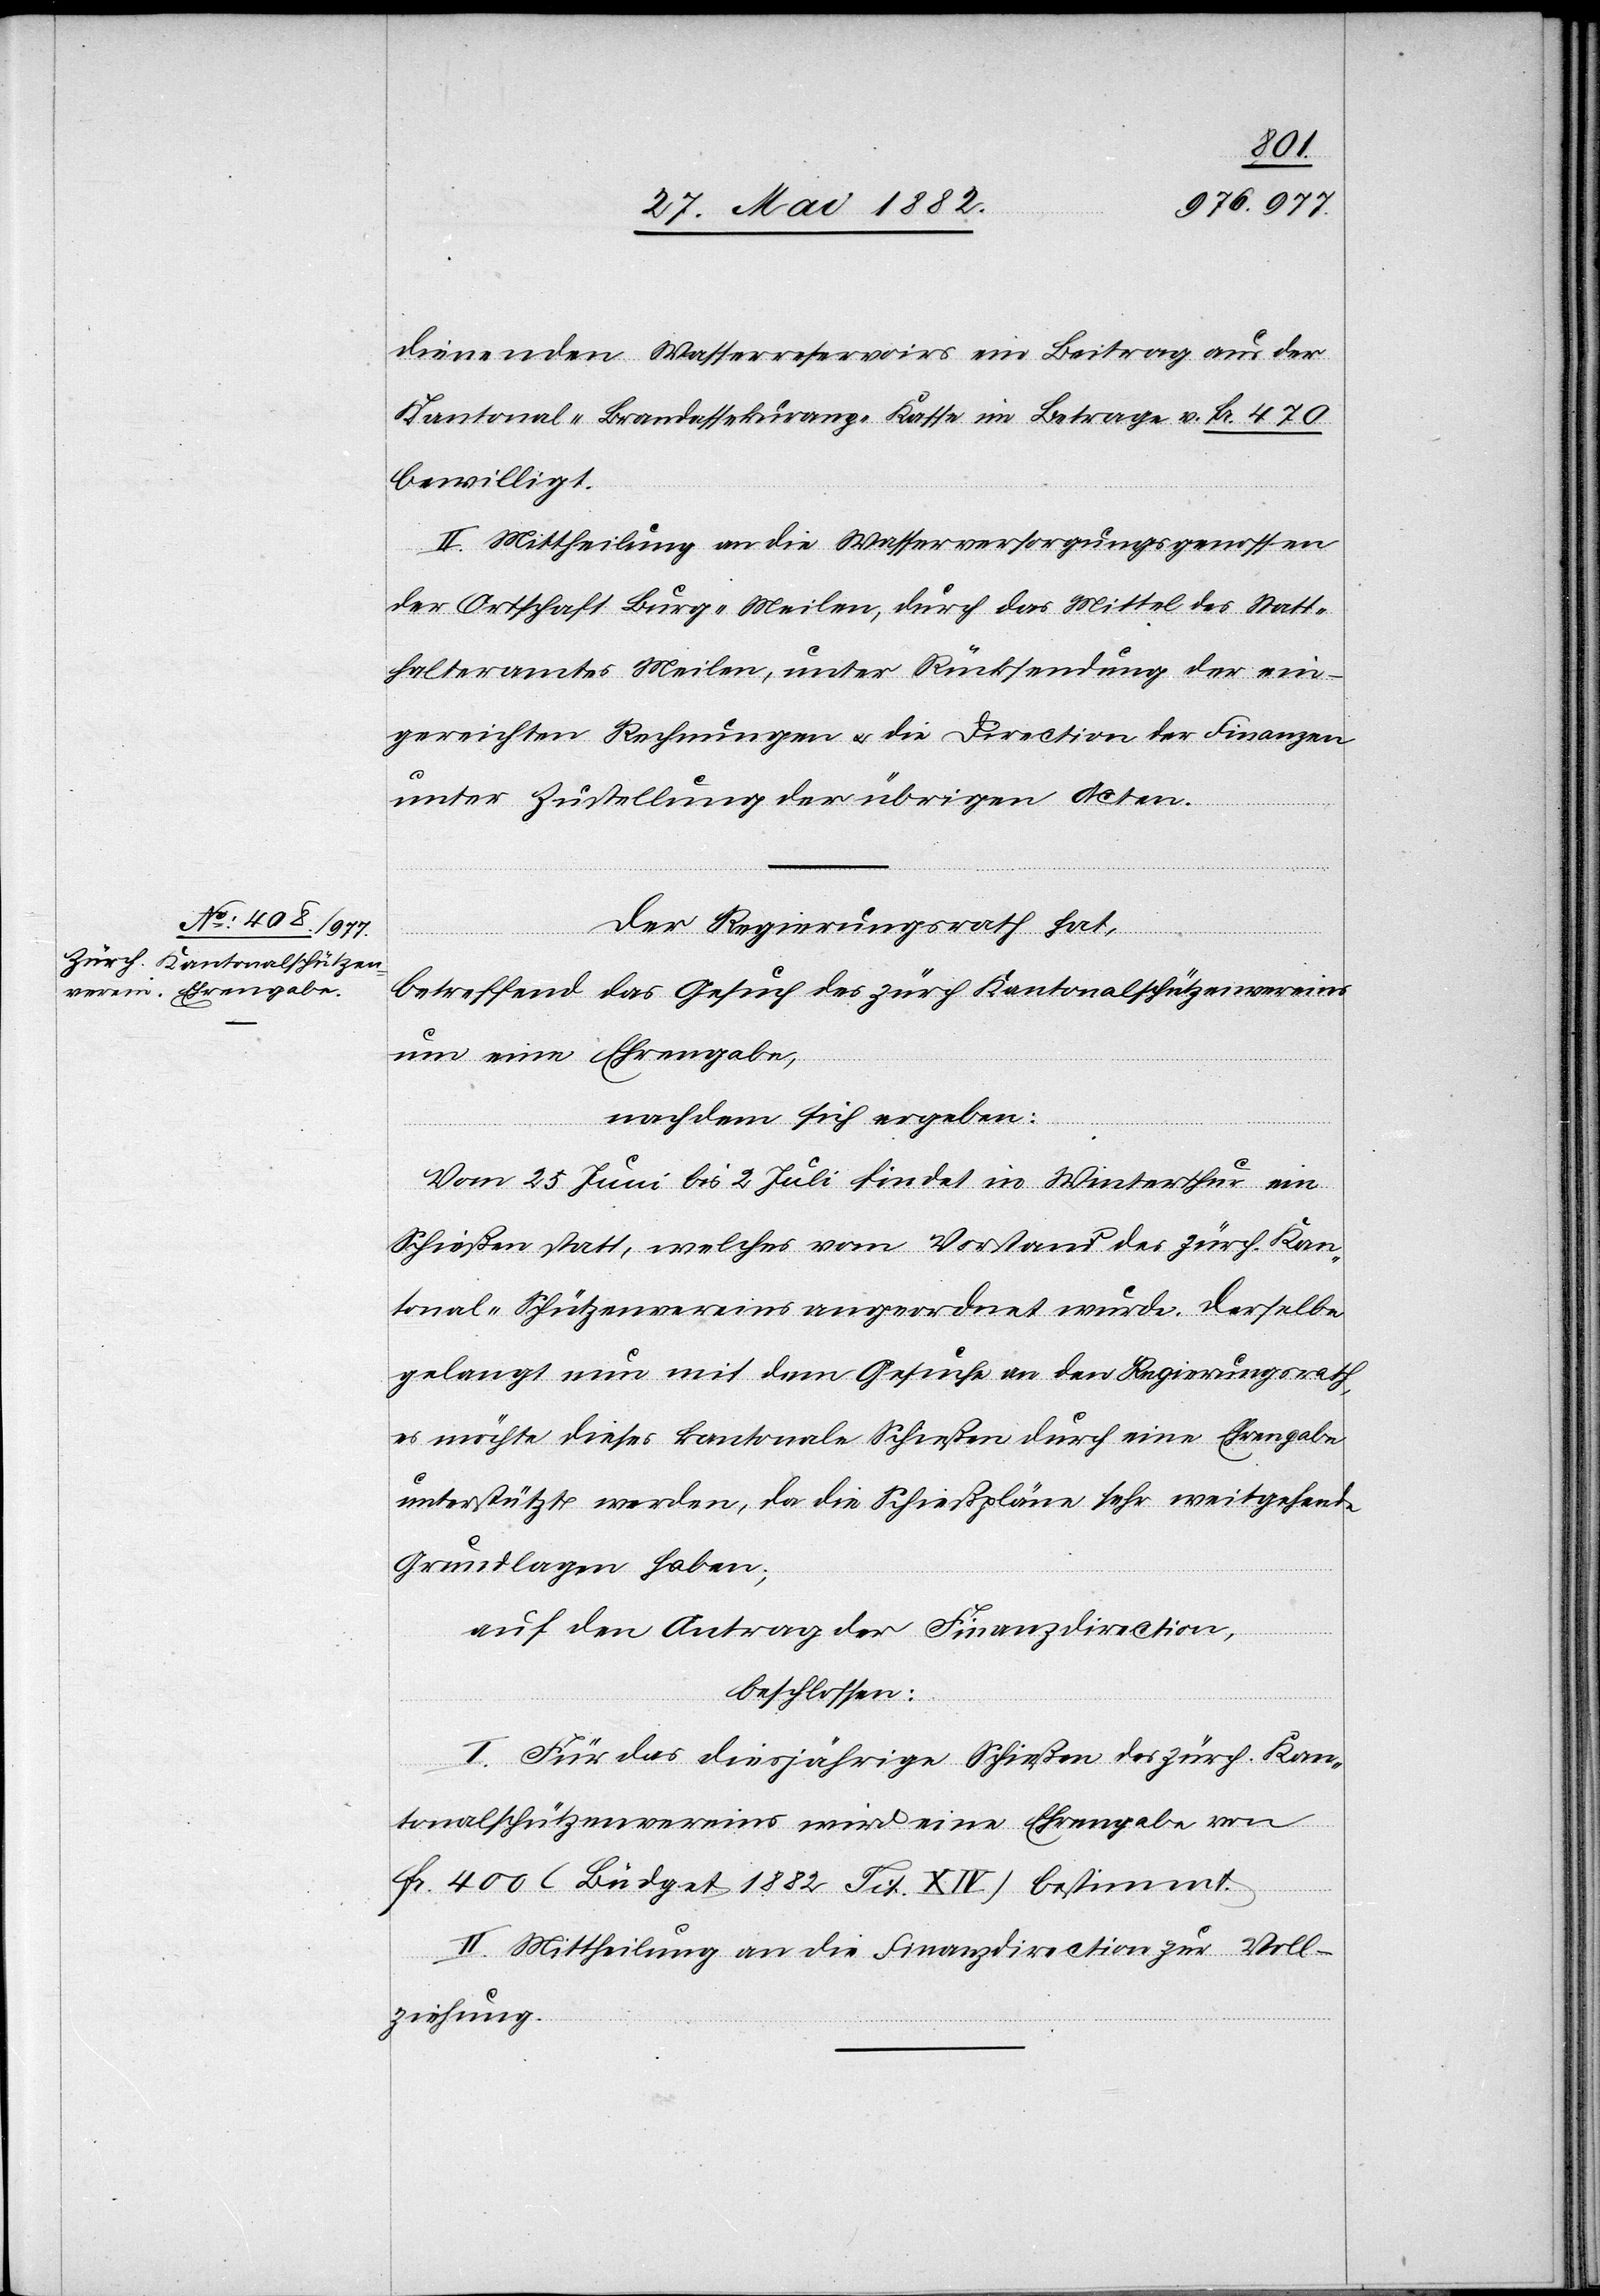
dienenden Wasserreservoirs ein Beitrag aus der
Kantonal-Brandassekuranz-Kasse im Betrage v. Fr. 470
bewilligt.
II. Mittheilung an die Wasserversorgungsgenossen
der Ortschaft Burg-Meilen, durch das Mittel des Statt¬
halteramtes Meilen, unter Rücksendung der ein¬
gereichten Rechnungen u. die Direction der Finanzen
unter Zustellung der übrigen Acten.
Der Regierungsrath hat,
betreffend das Gesuch des zürch. Kantonalschützenvereins
um eine Ehrengabe,
nachdem sich ergeben:
Vom 25. Juni bis 2. Juli findet in Winterthur ein
Schießen statt, welches vom Vorstand des zürch. Kan¬
tonal-Schützenvereins angeordnet wurde. Derselbe
gelangt nun mit dem Gesuche an den Regierungsrath,
es möchte dieses kantonale Schießen durch eine Ehrengabe
unterstützt werden, da die Schießpläne sehr weitgehende
Grundlagen haben;
auf den Antrag der Finanzdirection,
beschlossen:
I. Für das diesjährige Schießen des zürch. Kan¬
tonalschützenvereins wird eine Ehrengabe von
Fr. 400 (Büdget 1882 Tit. XVI) bestimmt.
II. Mittheilung an die Finanzdirection zur Voll¬
ziehung.